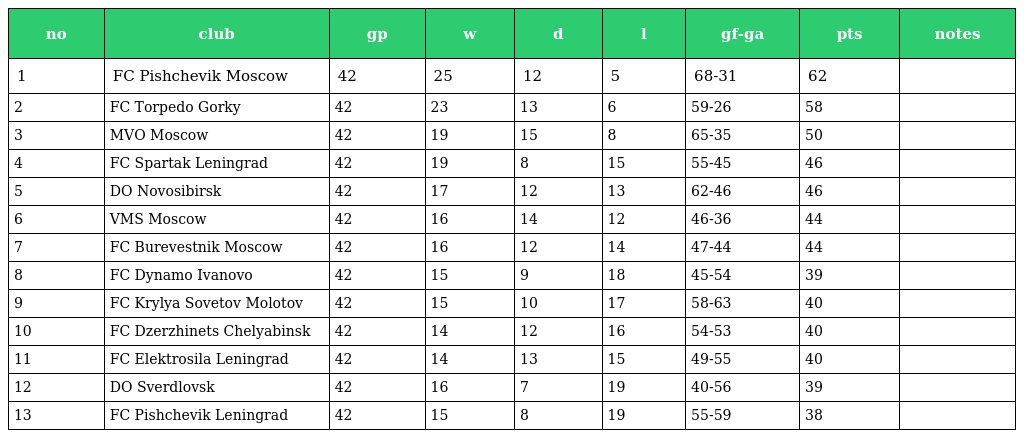
| no | club | gp | w | d | l | gf-ga | pts | notes |
 | --- | --- | --- | --- | --- | --- | --- | --- | --- |
 | 1 | FC Pishchevik Moscow | 42 | 25 | 12 | 5 | 68-31 | 62 |  |
 | 2 | FC Torpedo Gorky | 42 | 23 | 13 | 6 | 59-26 | 58 |  |
 | 3 | MVO Moscow | 42 | 19 | 15 | 8 | 65-35 | 50 |  |
 | 4 | FC Spartak Leningrad | 42 | 19 | 8 | 15 | 55-45 | 46 |  |
 | 5 | DO Novosibirsk | 42 | 17 | 12 | 13 | 62-46 | 46 |  |
 | 6 | VMS Moscow | 42 | 16 | 14 | 12 | 46-36 | 44 |  |
 | 7 | FC Burevestnik Moscow | 42 | 16 | 12 | 14 | 47-44 | 44 |  |
 | 8 | FC Dynamo Ivanovo | 42 | 15 | 9 | 18 | 45-54 | 39 |  |
 | 9 | FC Krylya Sovetov Molotov | 42 | 15 | 10 | 17 | 58-63 | 40 |  |
 | 10 | FC Dzerzhinets Chelyabinsk | 42 | 14 | 12 | 16 | 54-53 | 40 |  |
 | 11 | FC Elektrosila Leningrad | 42 | 14 | 13 | 15 | 49-55 | 40 |  |
 | 12 | DO Sverdlovsk | 42 | 16 | 7 | 19 | 40-56 | 39 |  |
 | 13 | FC Pishchevik Leningrad | 42 | 15 | 8 | 19 | 55-59 | 38 |  |